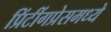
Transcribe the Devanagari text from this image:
प्रिंटींगप्रेसमध्ये